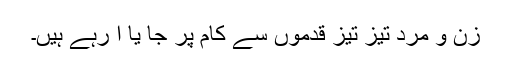
زن و مرد تیز تیز قدموں سے کام پر جا یا آ رہے ہیں۔